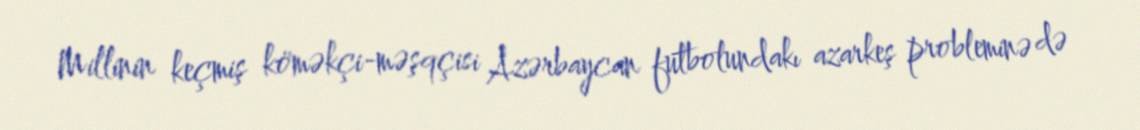
Millinin keçmiş köməkçi-məşqçisi Azərbaycan futbolundakı azarkeş probleminə də